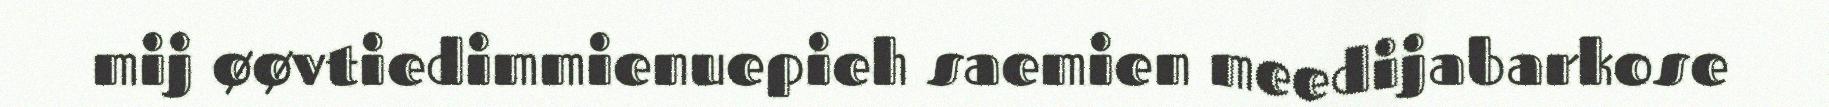
mij øøvtiedimmienuepieh saemien meedijabarkose